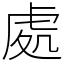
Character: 處